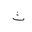
Letter: _tha